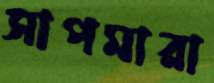
সাপমারা